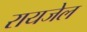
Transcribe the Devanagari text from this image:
रायजेल